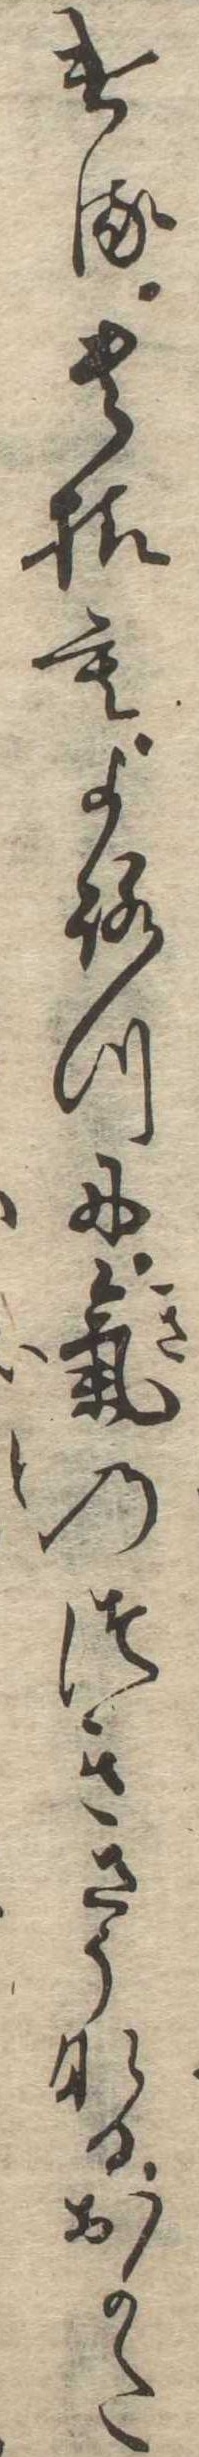
ける貴様もよろつに気のつきさうなるおかた